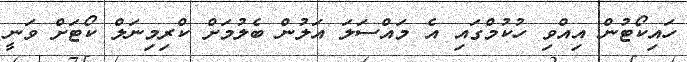
ހައިކޯޓުން އިއްވި ހުކުމްގައި އެ މައްސަލަ އަލުން ބެލުމަށް ކްރިމިނަލް ކޯޓަށް ވަނީ